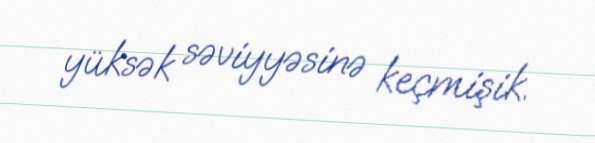
yüksək səviyyəsinə keçmişik.